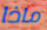
ماذا